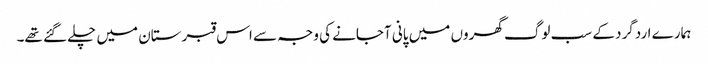
ہمارے اردگرد کے سب لوگ گھروں میں پانی آجانے کی وجہ سے اس قبرستان میں چلے گئے تھے۔